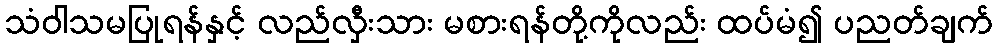
သံဝါသမပြုရန်နှင့် လည်လှီးသား မစားရန်တို့ကိုလည်း ထပ်မံ၍ ပညတ်ချက်